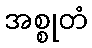
အစ္စုတံ